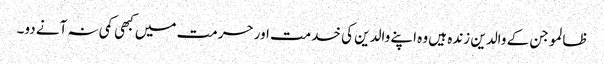
ظالمو جن کے والدین زندہ ہیں وہ اپنے والدین کی خدمت اور حرمت میں کبھی کمی نہ آنے دو۔